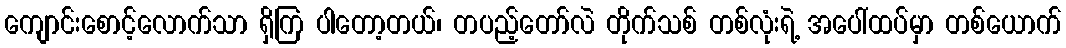
ကျောင်းစောင့်လောက်သာ ရှိကြ ပါတော့တယ်၊ တပည့်တော်လဲ တိုက်သစ် တစ်လုံးရဲ့ အပေါ်ထပ်မှာ တစ်ယောက်